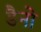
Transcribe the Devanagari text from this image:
डैनो